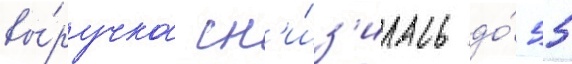
вы́ручка сн'и́з'илась до́ 55